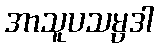
အာသူပသမ္ပဒါ